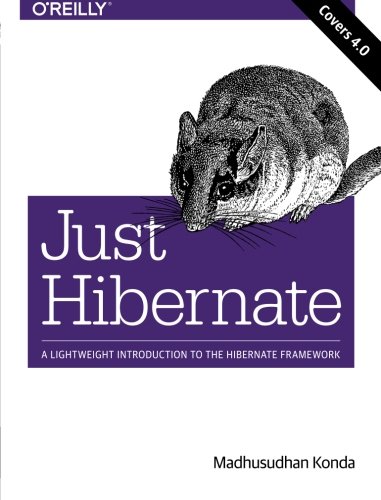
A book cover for Just Hibernate; Madhusudhan Konda; Computers & Technology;